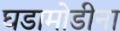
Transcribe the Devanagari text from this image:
घडामोडीना